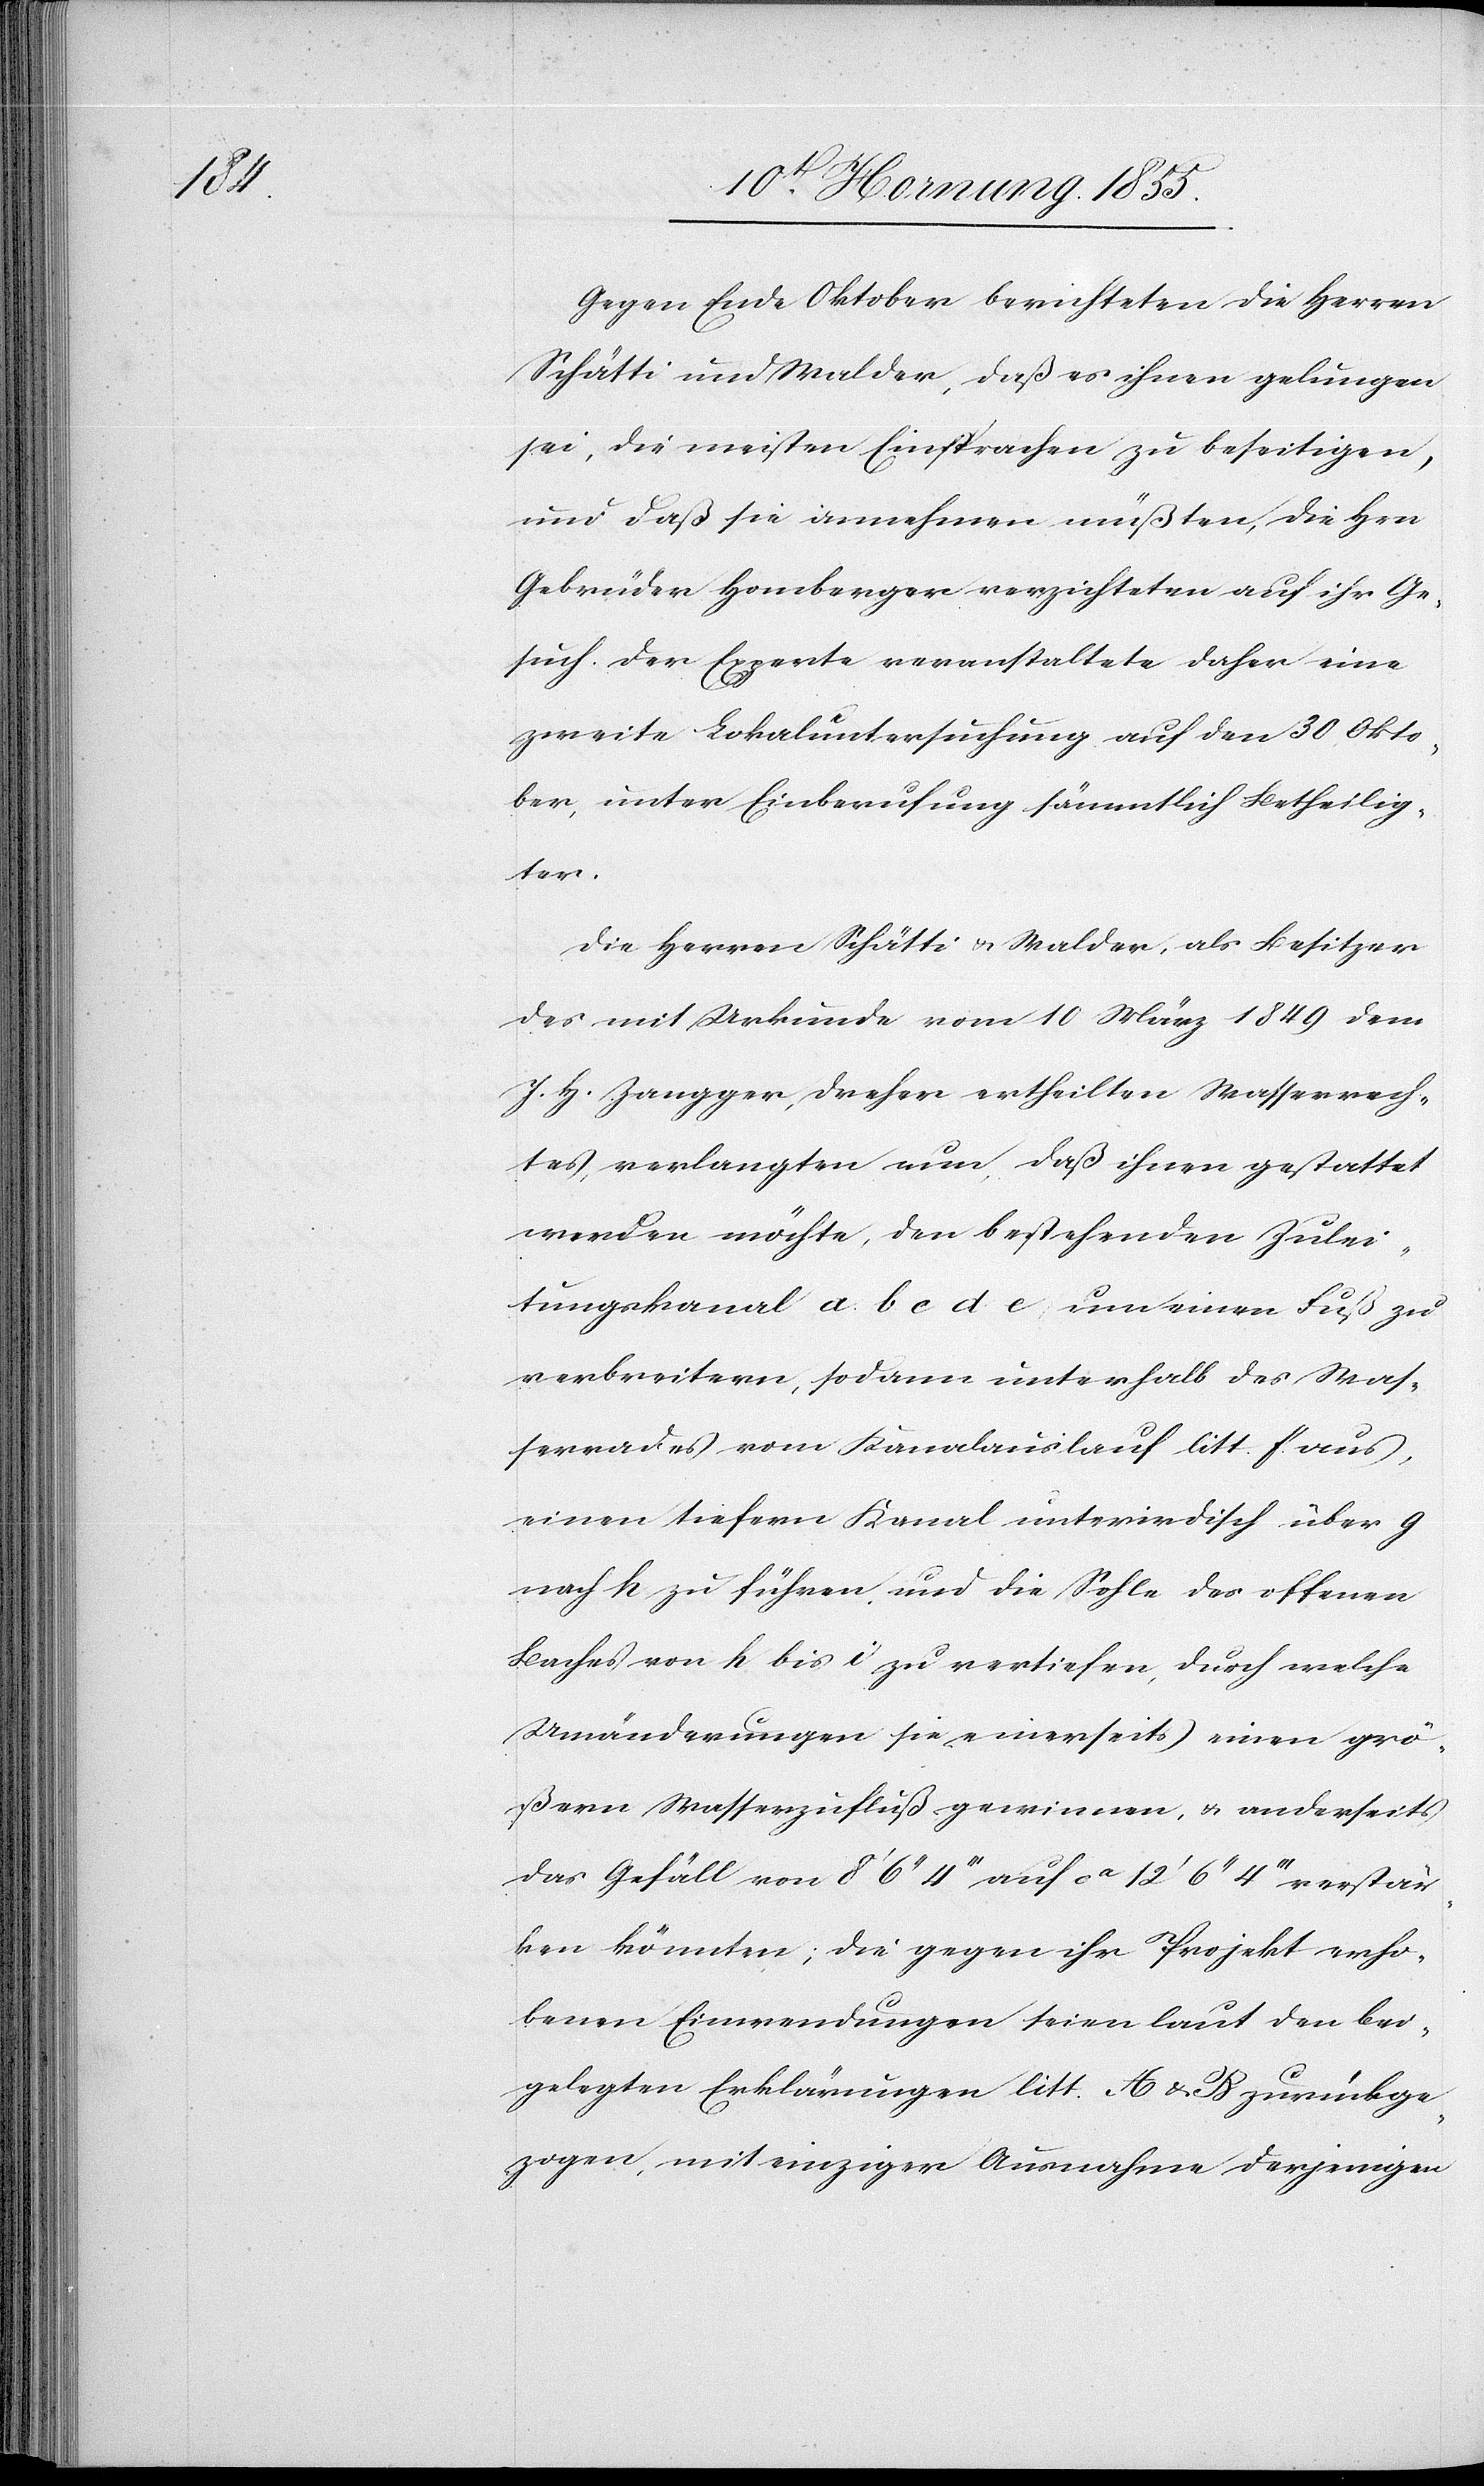
Gegen Ende Oktober berichteten die Herren
Schätti und Walder, daß es ihnen gelungen
sei, die meisten Einsprachen zu beseitigen,
und daß sie annehmen müßten, die Hrn.
Gebrüder Homberger verzichteten auf ihr Ge¬
such. Der Experte veranstaltete daher eine
zweite Lokaluntersuchung auf den 30 Okto¬
ber, unter Einberufung sämmtlich Betheilig¬
ter.
Die Herren Schätti & Walder, als Besitzer
des mit Urkunde vom 10 März 1849 dem
J. H. Zangger, Dreher ertheilten Wasserrech¬
tes, verlangten nun, daß ihnen gestattet
werden möchte, den bestehenden Zulei¬
tungskanal a b c d e um einen Fuß zu
verbreitern, sodann unterhalb des Was¬
serrades vom Kanalauslauf litt f. aus,
einen tiefern Kanal unterirdisch über g
nach h zu führen, und die Sohle des offenen
Baches von h bis i zu vertiefen, durch welche
Umänderungen sie einerseits einen grö¬
ßern Wasserzufluß gewinnen, & anderseits
das Gefäll von 8‘ 6‘‘ 4‘‘‘ auf ca 12‘ 6‘‘ 4‘‘‘ verstär¬
ken könnten; die gegen ihr Projekt erho¬
benen Einwendungen seien laut den bei¬
gelegten Erklärungen litt. A & B zurückge¬
zogen, mit einziger Ausnahme derjenigen